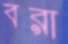
বরা